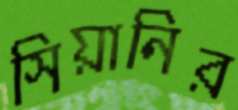
সিয়ানির